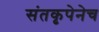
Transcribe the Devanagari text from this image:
संतकृपेनेच